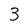
Character: 3